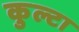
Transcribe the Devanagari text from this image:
कुल्टा